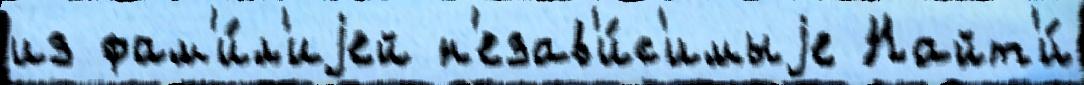
из фам'и́л'иjей н'езав'и́с'имыjе Найт'и́